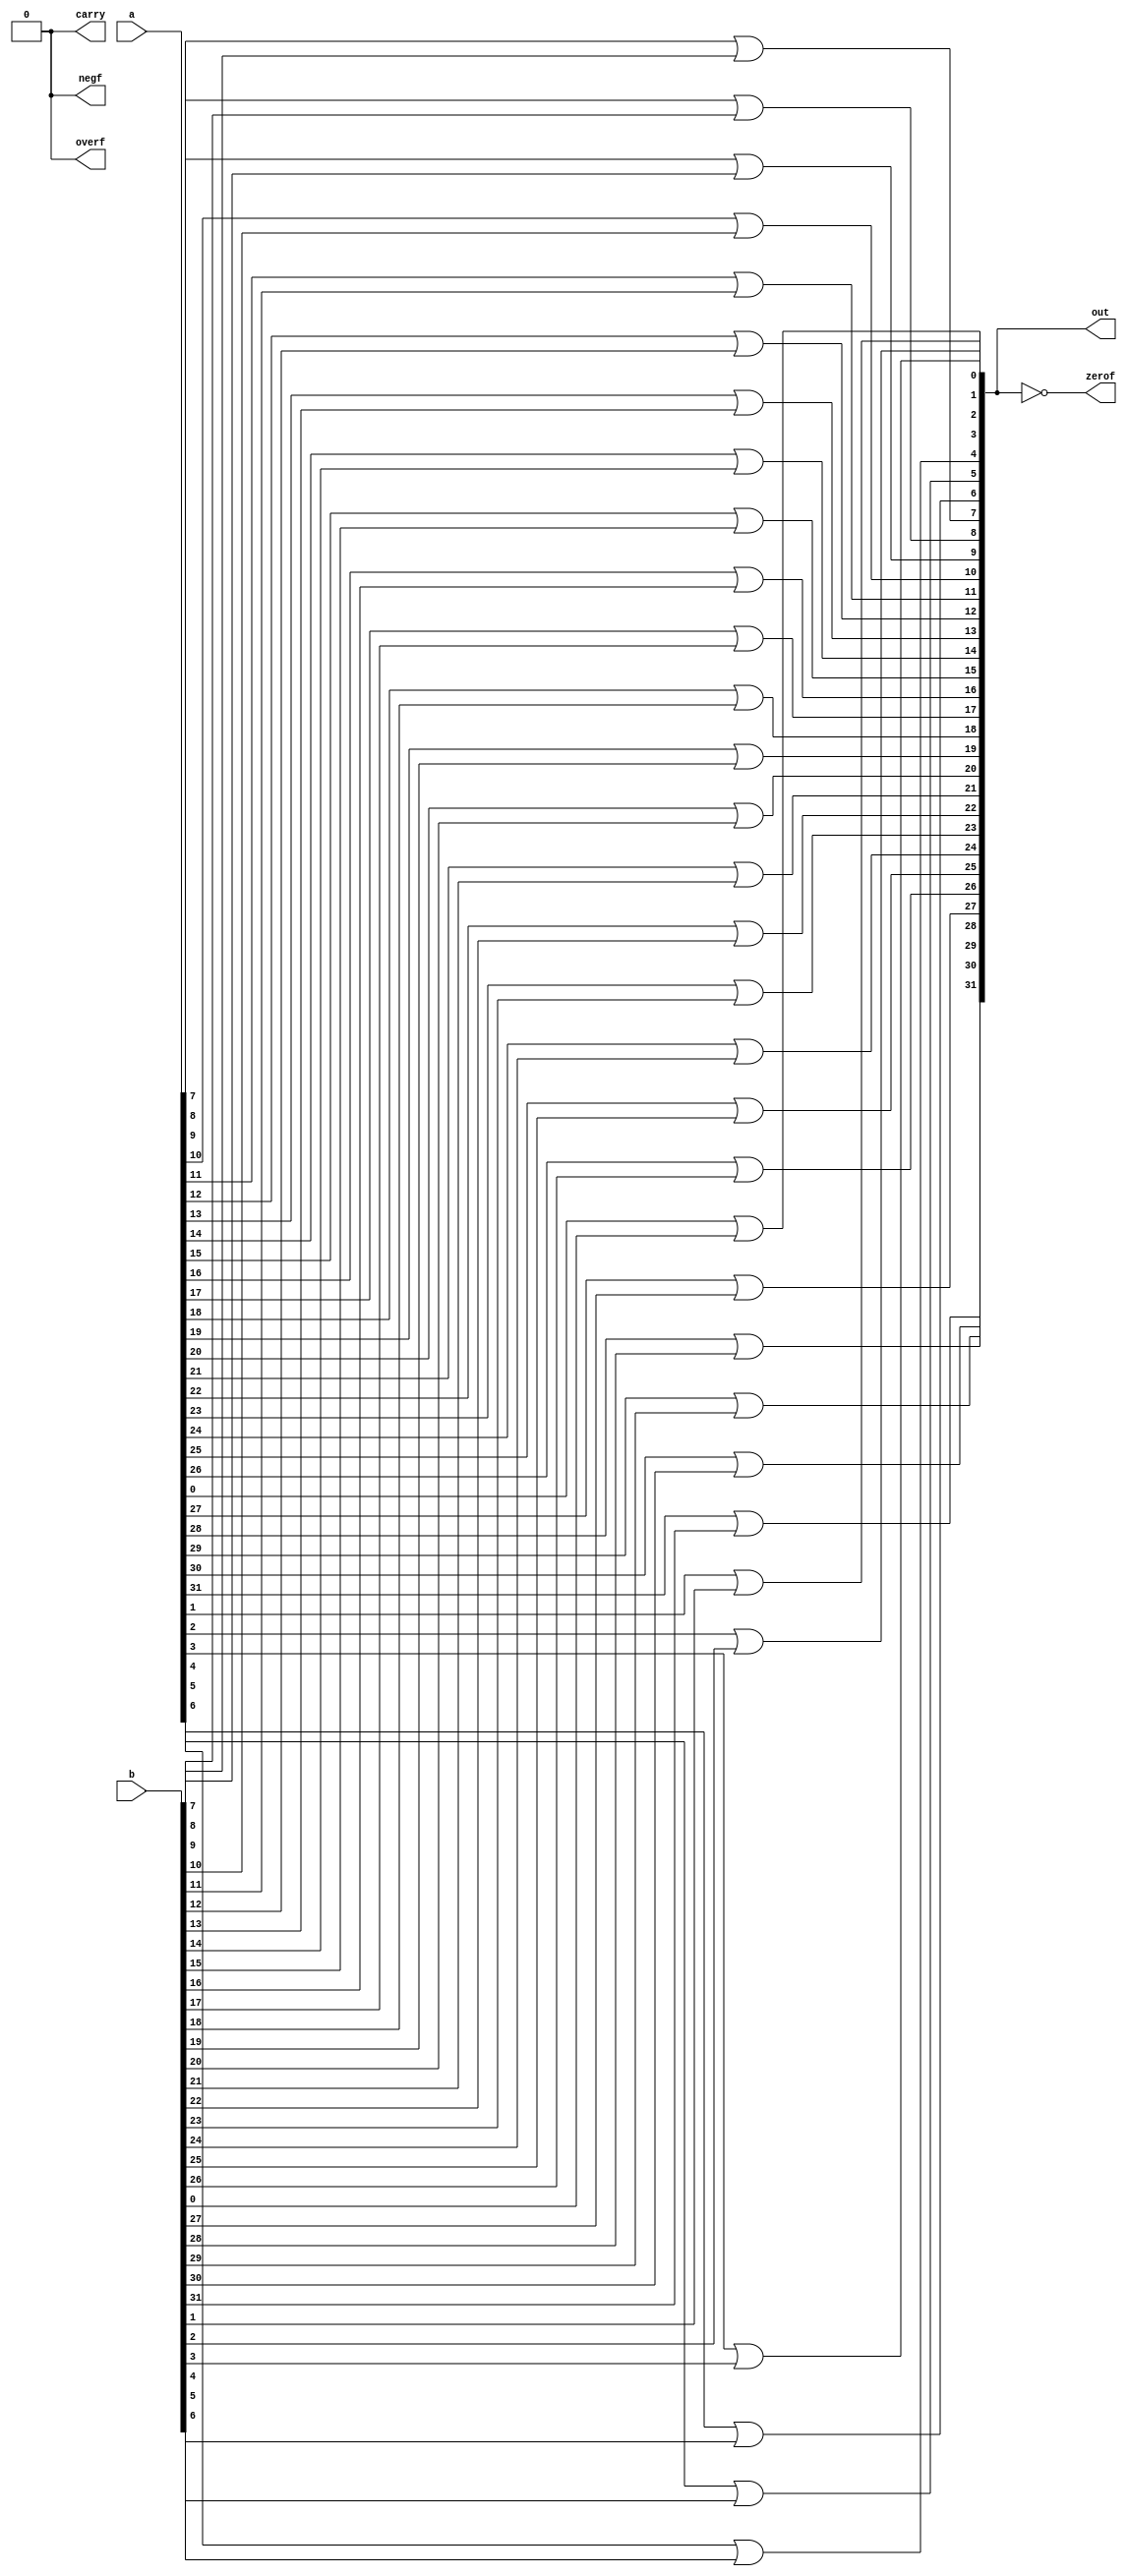
module orLogic(out,zerof,negf,overf,carry,a,b);
	output zerof,negf,overf,carry;;
	input  [31:0] a, b;
	output  reg[31:0] out;
	
	integer i;
	always @(*) begin
	
	for(i=0; i<32; i++) begin
		out[i] = a[i]||b[i];
		end
	end
	assign zerof = (out==0);
	assign negf  = 0;
	assign overf = 0;
	assign carry = 0;
	
endmodule